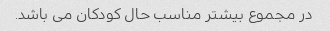
در مجموع بیشتر مناسب حال کودکان می باشد.